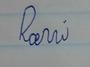
Signature authenticity: forged